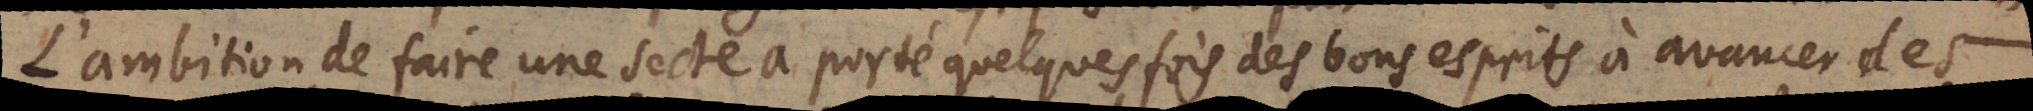
L’ambition de faire une secte a porté quelques fois des bons esprits à avancer des